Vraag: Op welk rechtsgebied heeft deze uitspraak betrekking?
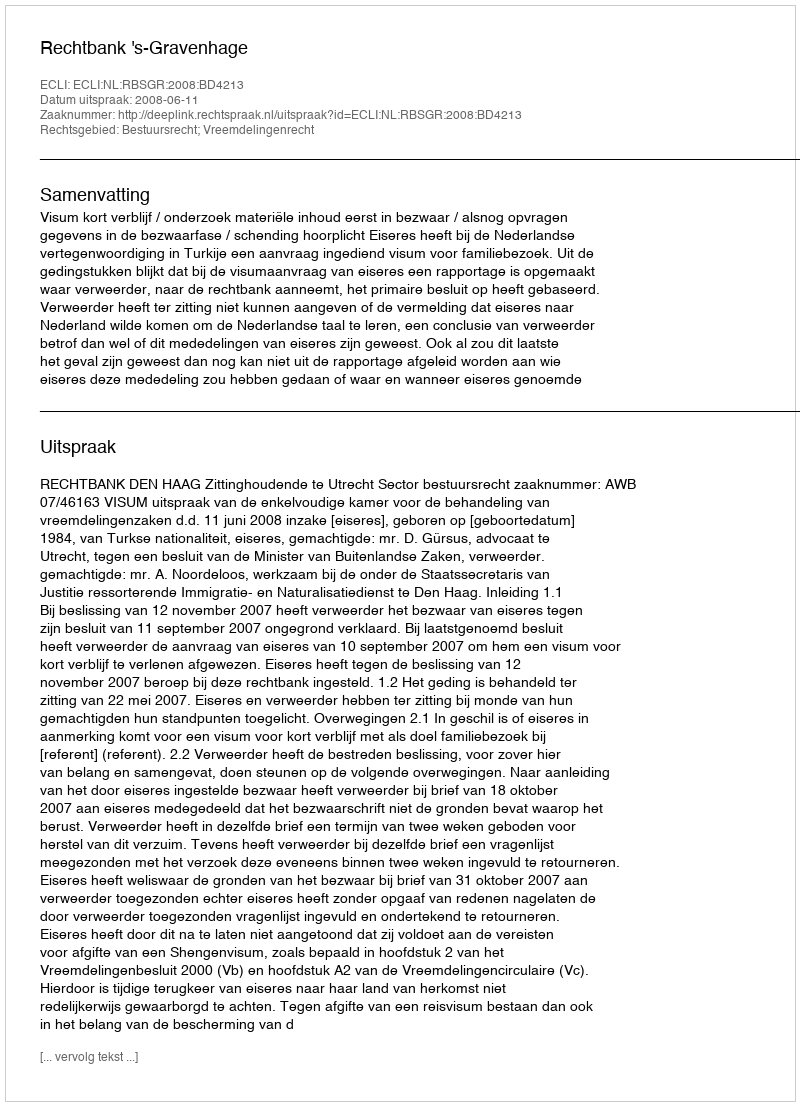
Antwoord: Bestuursrecht; Vreemdelingenrecht